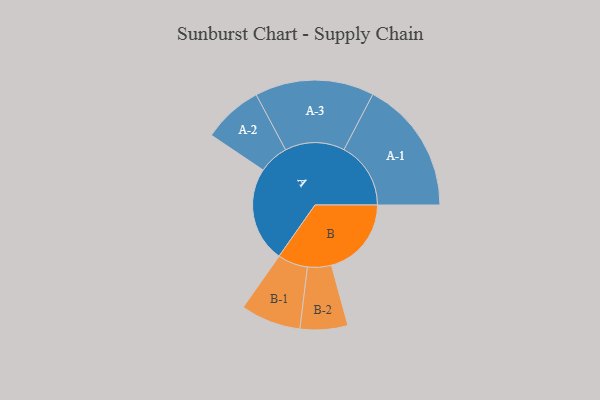
{"axis": {"x": "Segment", "y": "Value"}, "legend": ["", "A", "B"], "data": [{"x": "A", "y": 420, "type": ""}, {"x": "B", "y": 353, "type": ""}, {"x": "A-1", "y": 295, "type": "A"}, {"x": "A-2", "y": 132, "type": "A"}, {"x": "A-3", "y": 263, "type": "A"}, {"x": "B-1", "y": 133, "type": "B"}, {"x": "B-2", "y": 105, "type": "B"}]}